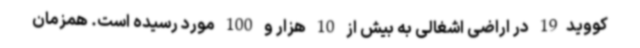
کووید19 در اراضی اشغالی به بیش از 10 هزار و 100 مورد رسیده است. همزمان